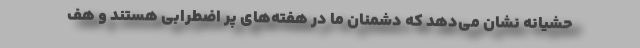
حشیانه نشان می‌دهد که دشمنان ما در هفته‌های پر اضطرابی هستند و هف